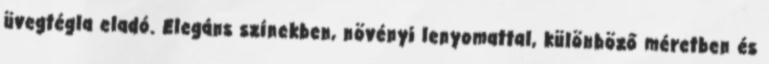
üvegtégla eladó. Elegáns színekben, növényi lenyomattal, különböző méretben és